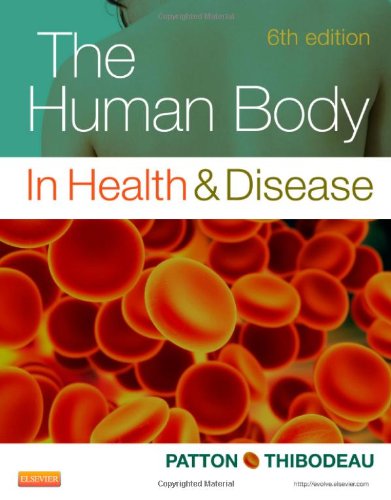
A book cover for The Human Body in Health & Disease - Softcover, 6e; Kevin T. Patton PhD; Medical Books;